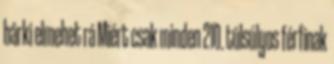
bárki elmehet rá Miért csak minden 210. túlsúlyos férfinak